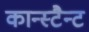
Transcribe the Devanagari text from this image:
कान्स्टैन्ट